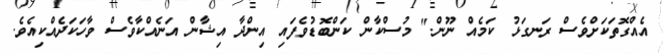
އެއްގޮތަކަށްވެސް ރަނގަޅު ކަމެއް ނޫން." މުސްކާން ކަންބޮޑުވެފައި އިންދާ އިޝާން އަނެއްކާވެސް ވާހަކަދެއްކިއެވެ.